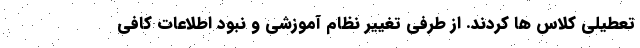
تعطیلی کلاس ها کردند. از طرفی تغییر نظام آموزشی و نبود اطلاعات کافی